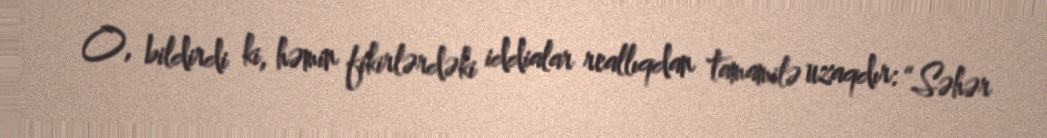
O, bildirdi ki, həmin fikirlərdəki iddialar reallıqdan tamamilə uzaqdır: “Səhər